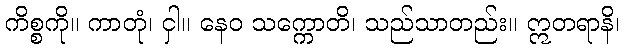
ကိစ္စကို။ ကာတုံ၊ ငှါ။ နေဝ သက္ကောတိ၊ သည်သာတည်း။ ဣတရာနိ၊